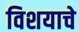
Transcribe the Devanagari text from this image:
विशयाचे